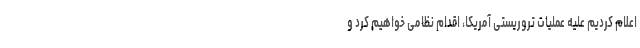
اعلام کردیم علیه عملیات تروریستی آمریکا، اقدام نظامی خواهیم کرد و